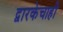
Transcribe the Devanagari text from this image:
द्वारकेचाही